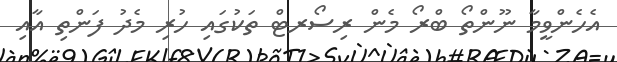
އެހެންވީމާ ނޫންތޯ ބްރޯ މެން ރިސޯރޓް ތަކުގައި ހުރި މެދު ފަންތި އާއި